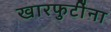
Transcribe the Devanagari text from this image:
खारफुटींना